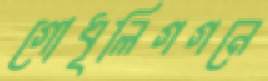
গোধূলিগগনে